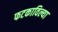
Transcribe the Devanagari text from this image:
फटकाविल्या